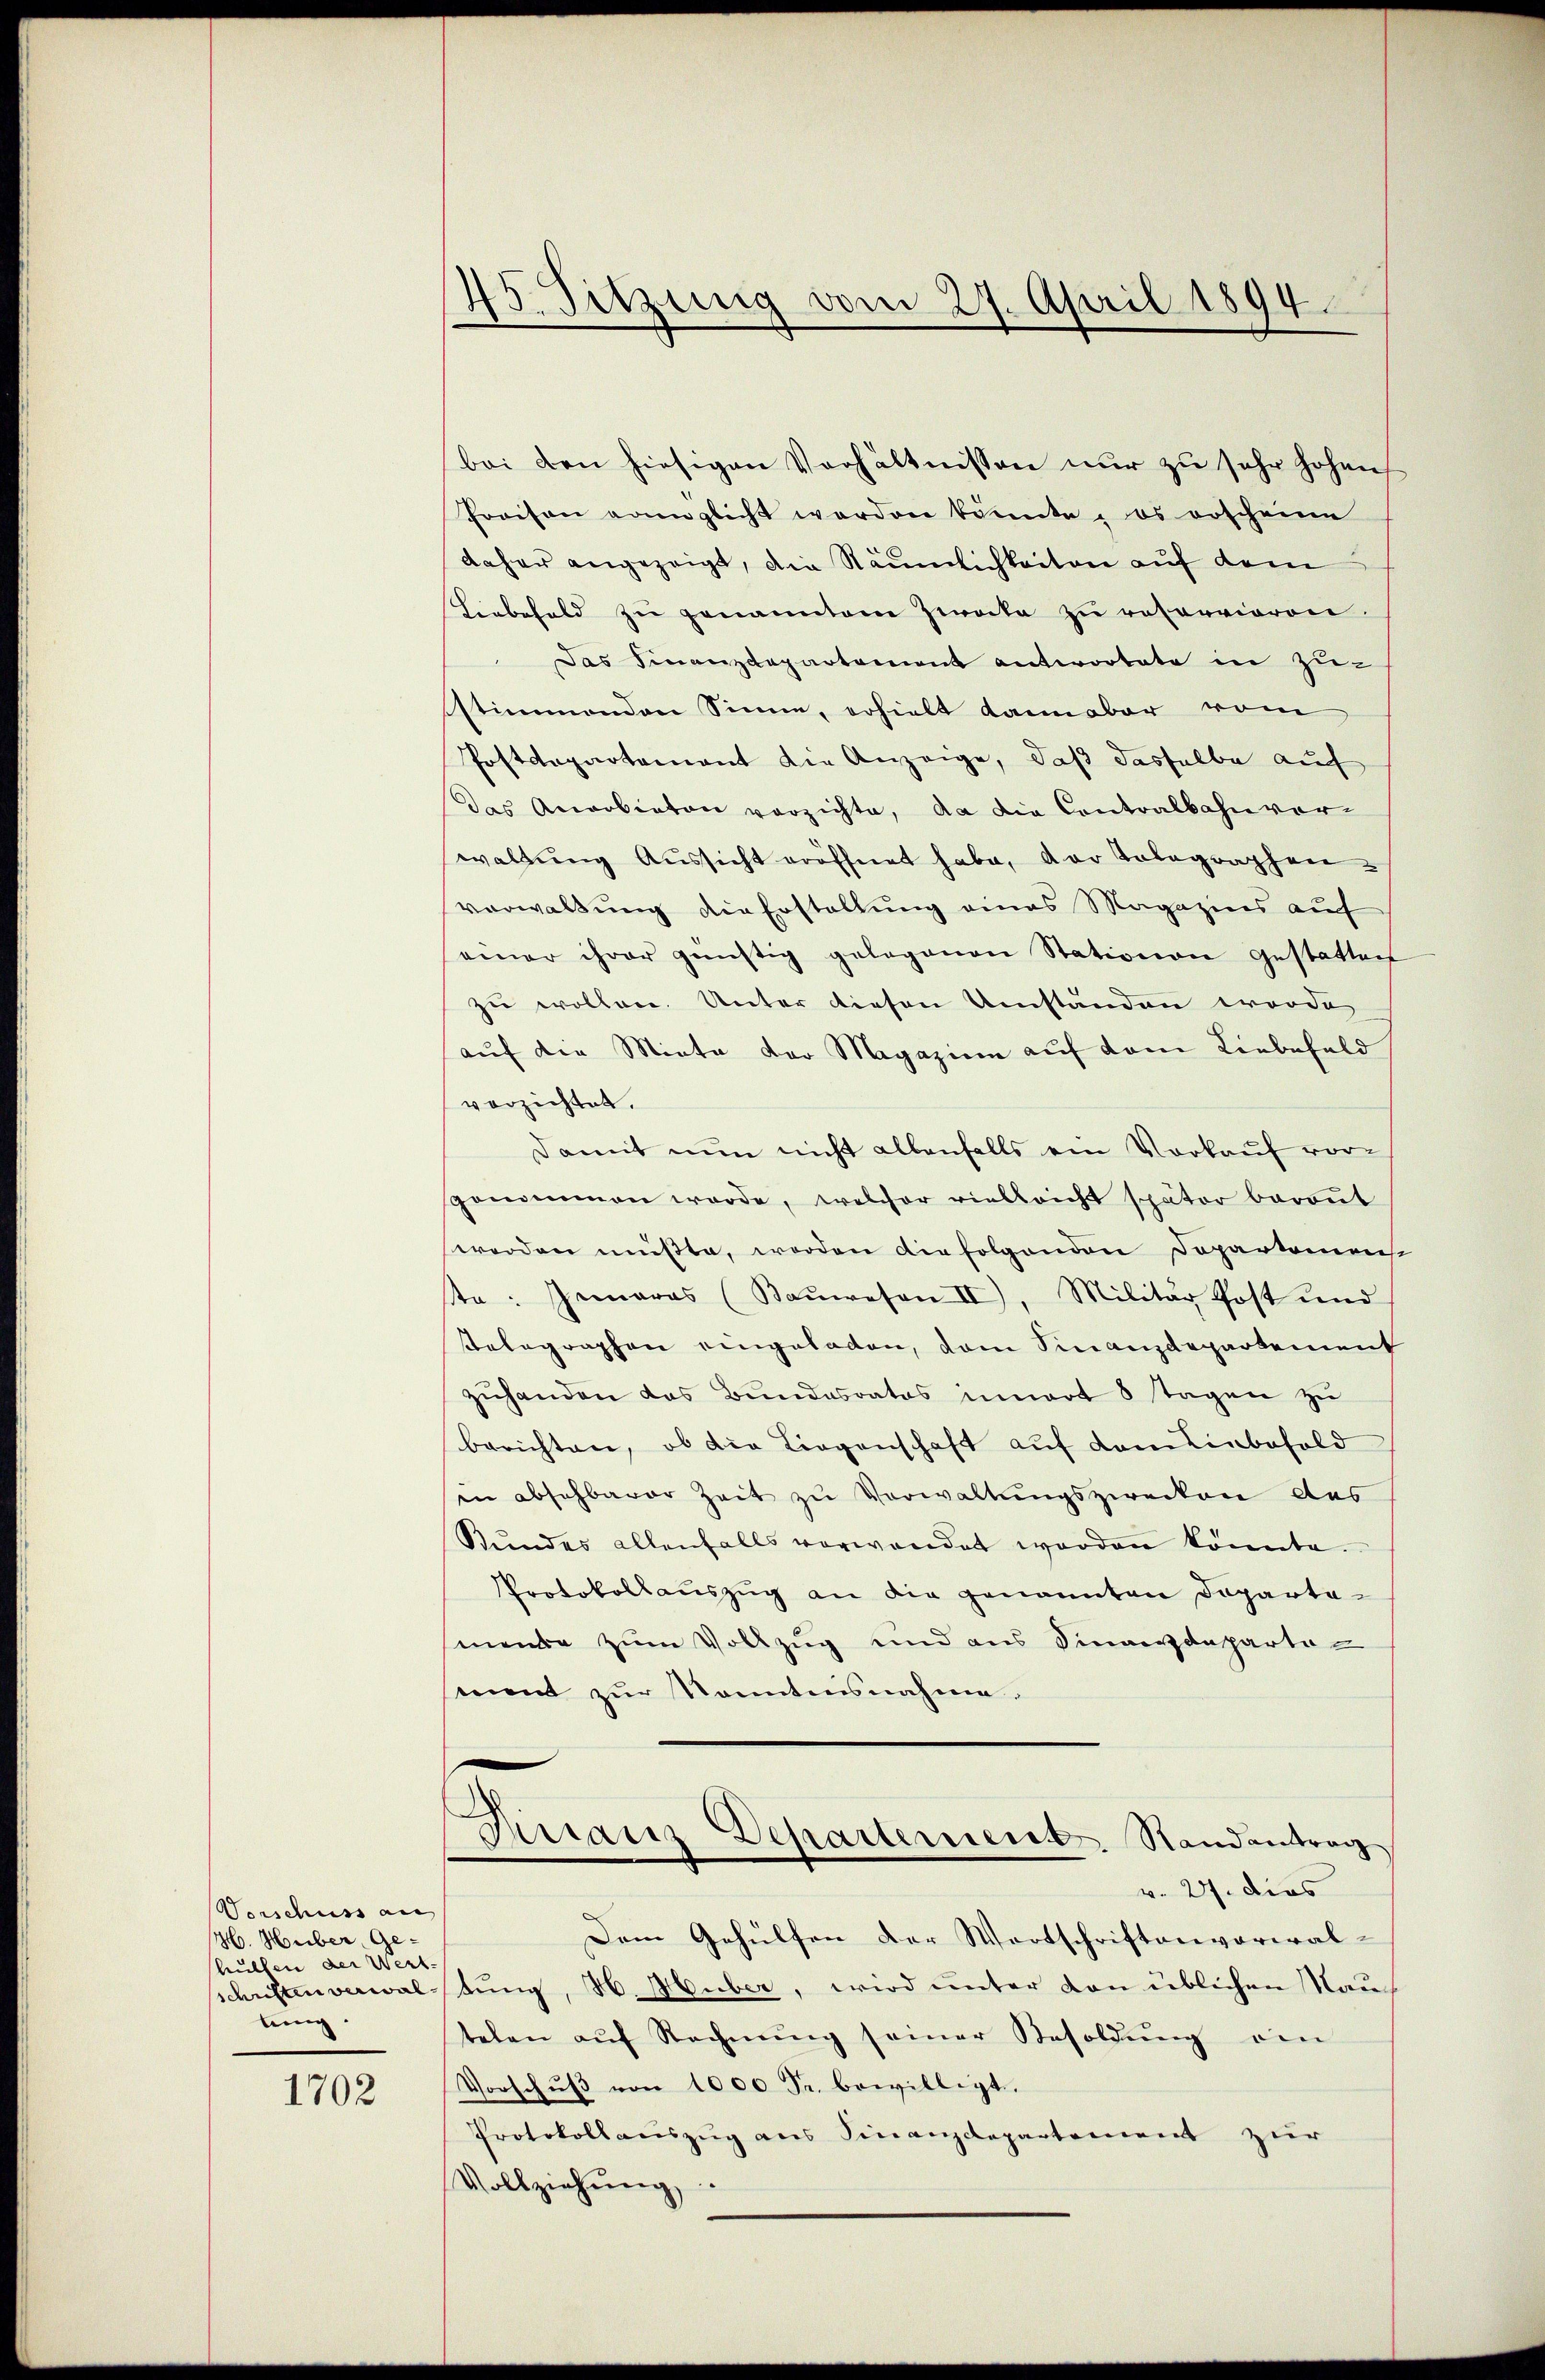
Vorschuss au
H. Huber, Ge-
hulten der Wert.
tung.

1702

45. Sitzung vom 27. April 1894.

bei den hiesigen Verhältnissen nur zu sehr hohen
Praison eringlicht worden könnte, es erscheine
daher angezeigt, die Säumlichkeiten auf dem
Hiebefeld zu genanntem Zwecke zu reservieren.
 Das Finanzdepartement antwortete in Zu-
stimmenden Sinne, erhielt dann aber vom
Postdepartement die Anzeige, daß dasselbe auf
Das Anerbieten verzichte, da die Contralbahn vorwaltung Aussicht eröffnet habe, der Telegraphen-
verwaltung die Erstaltung eines Magazins auf
seiner ihrer günstig gelegenen Stationen gestatten
zu wollen. Unter diesen Umständen worde
auf die Miete der Magazin auf dem Liebefeld
verzichtet.
Damit nun nicht allenfalls ein Vorkauf vor-
sgenommen werde, welcher vielleicht später beraŭt
werden müßte, worden die folgenden Departemens
te: Inmaras (Bauwesen II. Militär Post und
telegraphen eingeladen, dem Finanzdepartement
zuhanden das Bundesrates innert 8 Tagen zu
berichten, ob die Liegenschaft auf dem Einbehold
in absehbarer Zeit zu Verwaltungszwecken des
Stŭndes allenfalls verwendet worden könnte.
Protokollaŭszŭg an die genannten Departemende zum Vollzug und aus Finanzdepartement zur Kenntnisnahme.
Dirranz Departementr. Randantrag
v. 27. dies
Dem Gehülfen der Wortschriftenverwalschriften verwaltung, H. Huber, wird unter von üblichen Nauch
telen aŭf Rechnŭng seiner Besoldŭng ein
Vorschŭβ von 1000 Fr. bewilligt.
Protokollauszug aus Finanzdepartement zur
Vollziehŭng